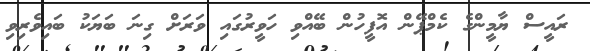
ރައީސް ޔާމީންގެ ކެމްޕޭން އޮފީހުން ބޭއްވި ހަވީރުގައި ވަރަށް ގިނަ ބަޔަކު ބައިވެރިވި